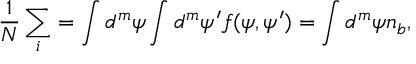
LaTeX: { \frac { 1 } { N } } \sum _ { i } = \int d ^ { m } \psi \int d ^ { m } \psi ^ { \prime } f ( \psi , \psi ^ { \prime } ) = \int d ^ { m } \psi n _ { b } ,